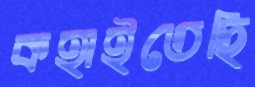
কহাইতেছি